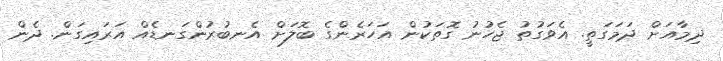
ދިމާއަށް ދަމަގަތީ. އެވަގުތު ޖެހުނު ގޮތަކުން އަހަރެންގެ ބޮލަށް އެނބުރުންގަނޑެއް އަރައިގަން. ދެން